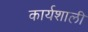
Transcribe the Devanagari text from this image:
कार्यशाली